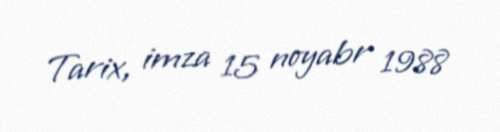
Tarix, imza 15 noyabr 1988